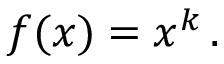
f ( x ) = x ^ { k } \, .